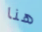
هنا